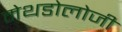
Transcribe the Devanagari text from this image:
मेथडोलोजी